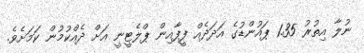
ނުލާ އިތުރު 1.35 ޕައުންޑުގެ އަދަދެއް ފީފާއިން ޕްލެޓީނީ އަށް ދެއްކުމުން ކަމަށެވެ.